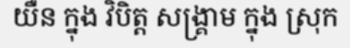
យឺន ក្នុង វិបិត្ត សង្គ្រាម ក្នុង ស្រុក